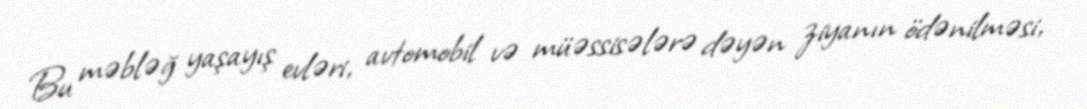
Bu məbləğ yaşayış evləri, avtomobil və müəssisələrə dəyən ziyanın ödənilməsi,